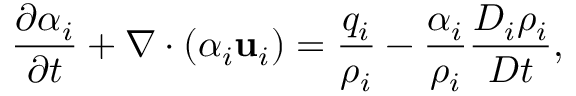
\frac { \partial \alpha _ { i } } { \partial t } + \nabla \cdot \left( \alpha _ { i } \mathbf { u } _ { i } \right) = \frac { q _ { i } } { \rho _ { i } } - \frac { \alpha _ { i } } { \rho _ { i } } \frac { D _ { i } \rho _ { i } } { D t } ,